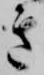
き